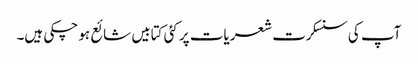
آپ کی سنسکرت شعریات پر کئی کتابیں شائع ہو چکی ہیں۔